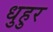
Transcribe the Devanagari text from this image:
धुहुर